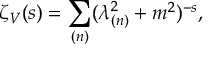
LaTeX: \zeta _ { V } ( s ) = \sum _ { ( n ) } ( \lambda _ { ( n ) } ^ { 2 } + m ^ { 2 } ) ^ { - s } ,